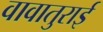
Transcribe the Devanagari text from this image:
वावातुराई